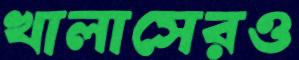
খালাসেরও